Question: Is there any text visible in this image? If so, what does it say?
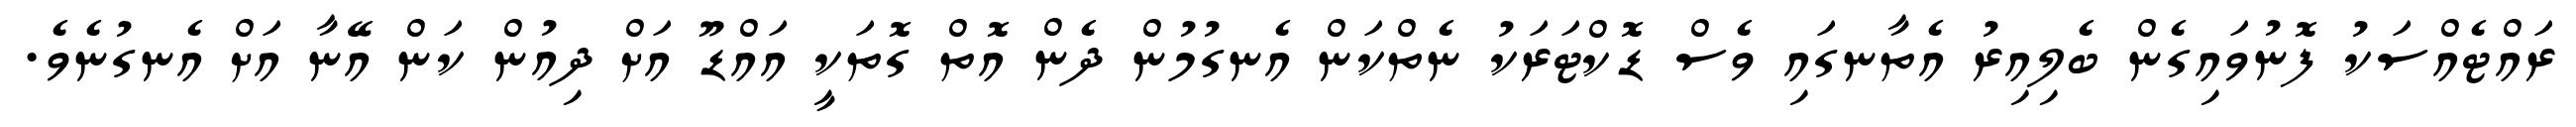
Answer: ރައްޓެއްސަކު ފޮނުވައިގެން ބެލިއިރު އެތާނގައި ވެސް ޑޮކްޓަރަކު ނެތްކަން އެނގުމުން ދެން އޮތް ގޮތަކީ އައްޑޫ އަށް ދިއުން ކަން އޭނާ އަށް އެނގުނެވެ.